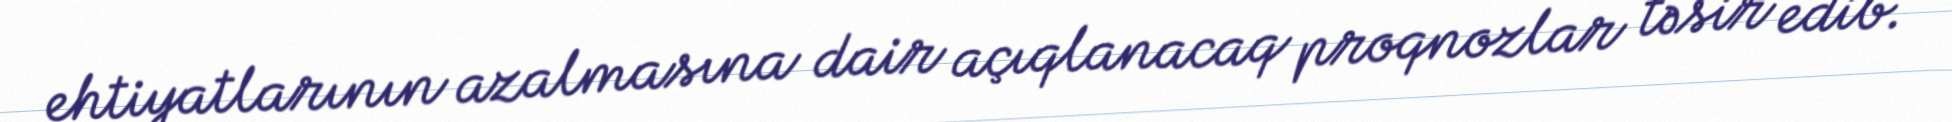
ehtiyatlarının azalmasına dair açıqlanacaq proqnozlar təsir edib.